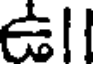
ఉll